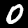
Label: 0